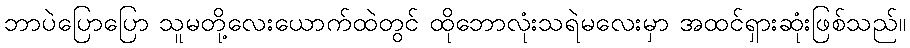
ဘာပဲပြောပြော သူမတို့လေးယောက်ထဲတွင် ထိုဘောလုံးသရဲမလေးမှာ အထင်ရှားဆုံးဖြစ်သည်။